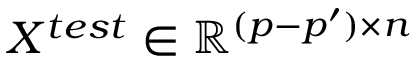
X ^ { t e s t } \in \mathbb { R } ^ { ( p - p ^ { \prime } ) \times n }